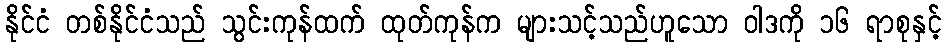
နိုင်ငံ တစ်နိုင်ငံသည် သွင်းကုန်ထက် ထုတ်ကုန်က များသင့်သည်ဟူသော ဝါဒကို ၁၆ ရာစုနှင့်